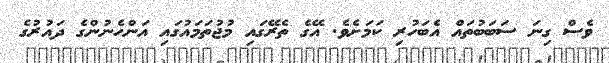
ވެސް ގިނަ ސަބަބުތައް އެބަހުރި ކަމަށެވެ. އޭގެ ތެރޭގައި މުޖުތަމައުގައި އަންހެނުންގެ ދައުރުގެ